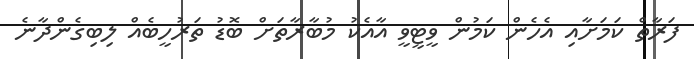
ފަރާތް ކަމަށާއި އެހެން ކަމުން ވީޓީވީ އާއެކު މުބާރާތަށް ބޮޑު ތަރުހީބެއް ލިބިގެންދާނެ